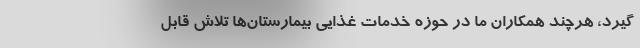
گیرد، هرچند همکاران ما در حوزه خدمات غذایی بیمارستان‌ها تلاش قابل